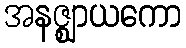
အနဇ္ဈာယကော